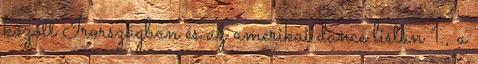
között Írországban és az amerikai dance listán 1., a